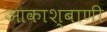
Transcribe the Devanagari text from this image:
आकाश्बाणी